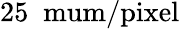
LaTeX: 25\; \mathrm{{\ mum/pixel}}